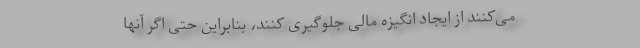
می‌کنند از ایجاد انگیزه مالی جلوگیری کنند، بنابراین حتی اگر آنها